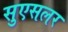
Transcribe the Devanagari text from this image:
सुएसलर